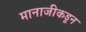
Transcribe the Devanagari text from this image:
मानाजीकडून